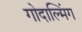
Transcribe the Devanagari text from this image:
गोदाल्मिंग